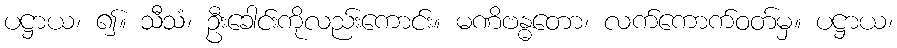
ပဋ္ဌာယ၊ ၍။ သီသံ၊ ဦးခေါင်းကိုလည်းကောင်း။ မဏိဗန္ဓတော၊ လက်ကောက်ဝတ်မှ။ ပဋ္ဌာယ၊